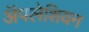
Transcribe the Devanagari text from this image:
ॲपलेशियन